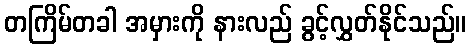
တကြိမ်တခါ အမှားကို နားလည် ခွင့်လွှတ်နိုင်သည်။